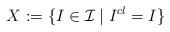
LaTeX: \begin{align*}X:=\{I \in \mathcal{I} \mid I^{cl}=I\}\end{align*}